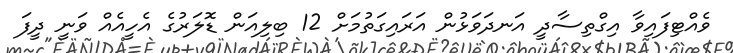
ވެއްޓިފައިވާ އިގްތިސާދީ އަނދަވަޅުން އަރައިގަތުމަށް 12 ބިލިއަން ޑޮލަރުގެ އެހީއެއް ވަނީ ދީފަ